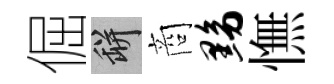
倔瓶商黝憮